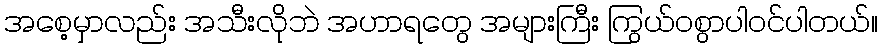
အစေ့မှာလည်း အသီးလိုဘဲ အဟာရတွေ အများကြီး ကြွယ်ဝစွာပါဝင်ပါတယ်။